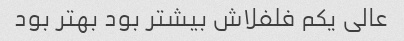
عالی یکم فلفلاش بیشتر بود بهتر بود